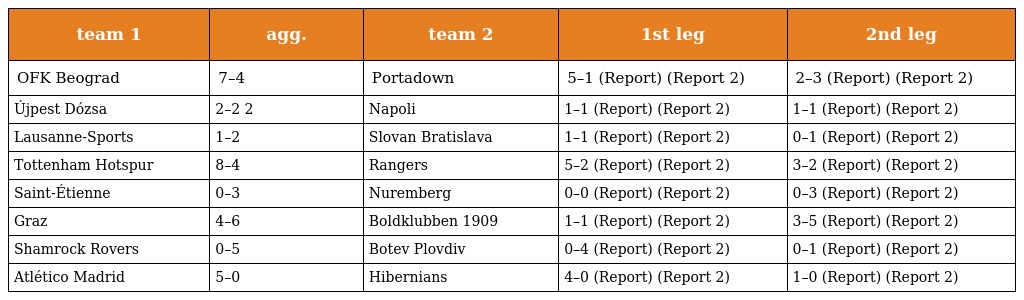
| team 1 | agg. | team 2 | 1st leg | 2nd leg |
 | --- | --- | --- | --- | --- |
 | OFK Beograd | 7–4 | Portadown | 5–1 (Report) (Report 2) | 2–3 (Report) (Report 2) |
 | Újpest Dózsa | 2–2 2 | Napoli | 1–1 (Report) (Report 2) | 1–1 (Report) (Report 2) |
 | Lausanne-Sports | 1–2 | Slovan Bratislava | 1–1 (Report) (Report 2) | 0–1 (Report) (Report 2) |
 | Tottenham Hotspur | 8–4 | Rangers | 5–2 (Report) (Report 2) | 3–2 (Report) (Report 2) |
 | Saint-Étienne | 0–3 | Nuremberg | 0–0 (Report) (Report 2) | 0–3 (Report) (Report 2) |
 | Graz | 4–6 | Boldklubben 1909 | 1–1 (Report) (Report 2) | 3–5 (Report) (Report 2) |
 | Shamrock Rovers | 0–5 | Botev Plovdiv | 0–4 (Report) (Report 2) | 0–1 (Report) (Report 2) |
 | Atlético Madrid | 5–0 | Hibernians | 4–0 (Report) (Report 2) | 1–0 (Report) (Report 2) |